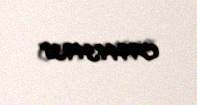
0994434938